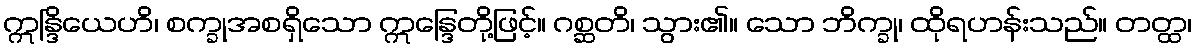
ဣန္ဒြိယေဟိ၊ စက္ခုအစရှိသော ဣန္ဒြေတို့ဖြင့်။ ဂစ္ဆတိ၊ သွား၏။ သော ဘိက္ခု၊ ထိုရဟန်းသည်။ တတ္ထ၊